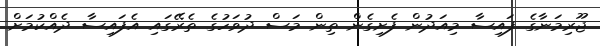
ޖޫރިމަނާގެ ފައިސާ މިއަދުން ފެށިގެން ތިން މަސް ދުވަހުގެ ތެރޭގައި އެފައިސާ ދެއްކުމަށް